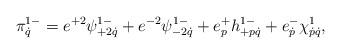
LaTeX: \begin{align*}\pi^{1-}_{\dot q}=e^{+2}\psi^{1-}_{+2\dot q}+e^{-2}\psi^{1-}_{-2\dot q}+e^+_ph^{1-}_{+p\dot q}+e^-_{\dot p}\chi^1_{\dot p\dot q},\end{align*}